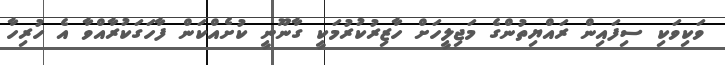
ވަކިވަކި ސިފައިން ރައްޔިތުންގެ މަޖިލީހަށް ހާޒިރުކުރުމަކީ ގާނޫނީ ކުށެއްކަން ފާހަގަކުރާއްވާ އެ ހުރިހާ